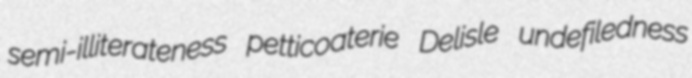
semi-illiterateness petticoaterie Delisle undefiledness